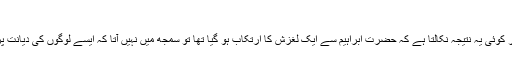
(تدبر القران486/6)
اس نوٹ کو پڑھ کر اگر کوئی یہ نتیجہ نکالتا ہے کہ حضرت ابراہیم سے ایک لغزش کا ارتکاب ہو گیا تھا تو سمجھ میں نہیں آتا کہ ایسے لوگوں کی دیانت پر کیا تبصرہ کیا جائے۔